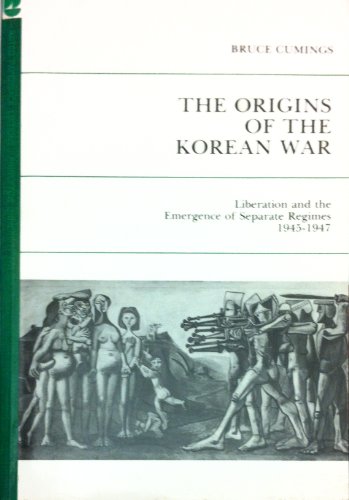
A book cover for Origins of the Korean War, Vol. 1: Liberation and the Emergence of Separate Regimes, 1945-1947 (Studies of the East Asian Institute); Bruce Cumings; History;